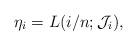
\begin{align*} \eta_i = L(i/n; \mathcal J_i),\end{align*}